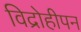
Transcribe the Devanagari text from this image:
विद्रोहीपन